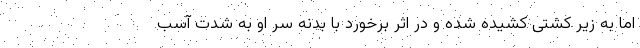
اما به زیر کشتی کشیده شده و در اثر برخورد با بدنه سر او به شدت آسب